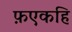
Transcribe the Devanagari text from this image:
फ़एकहि